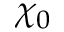
\chi _ { 0 }